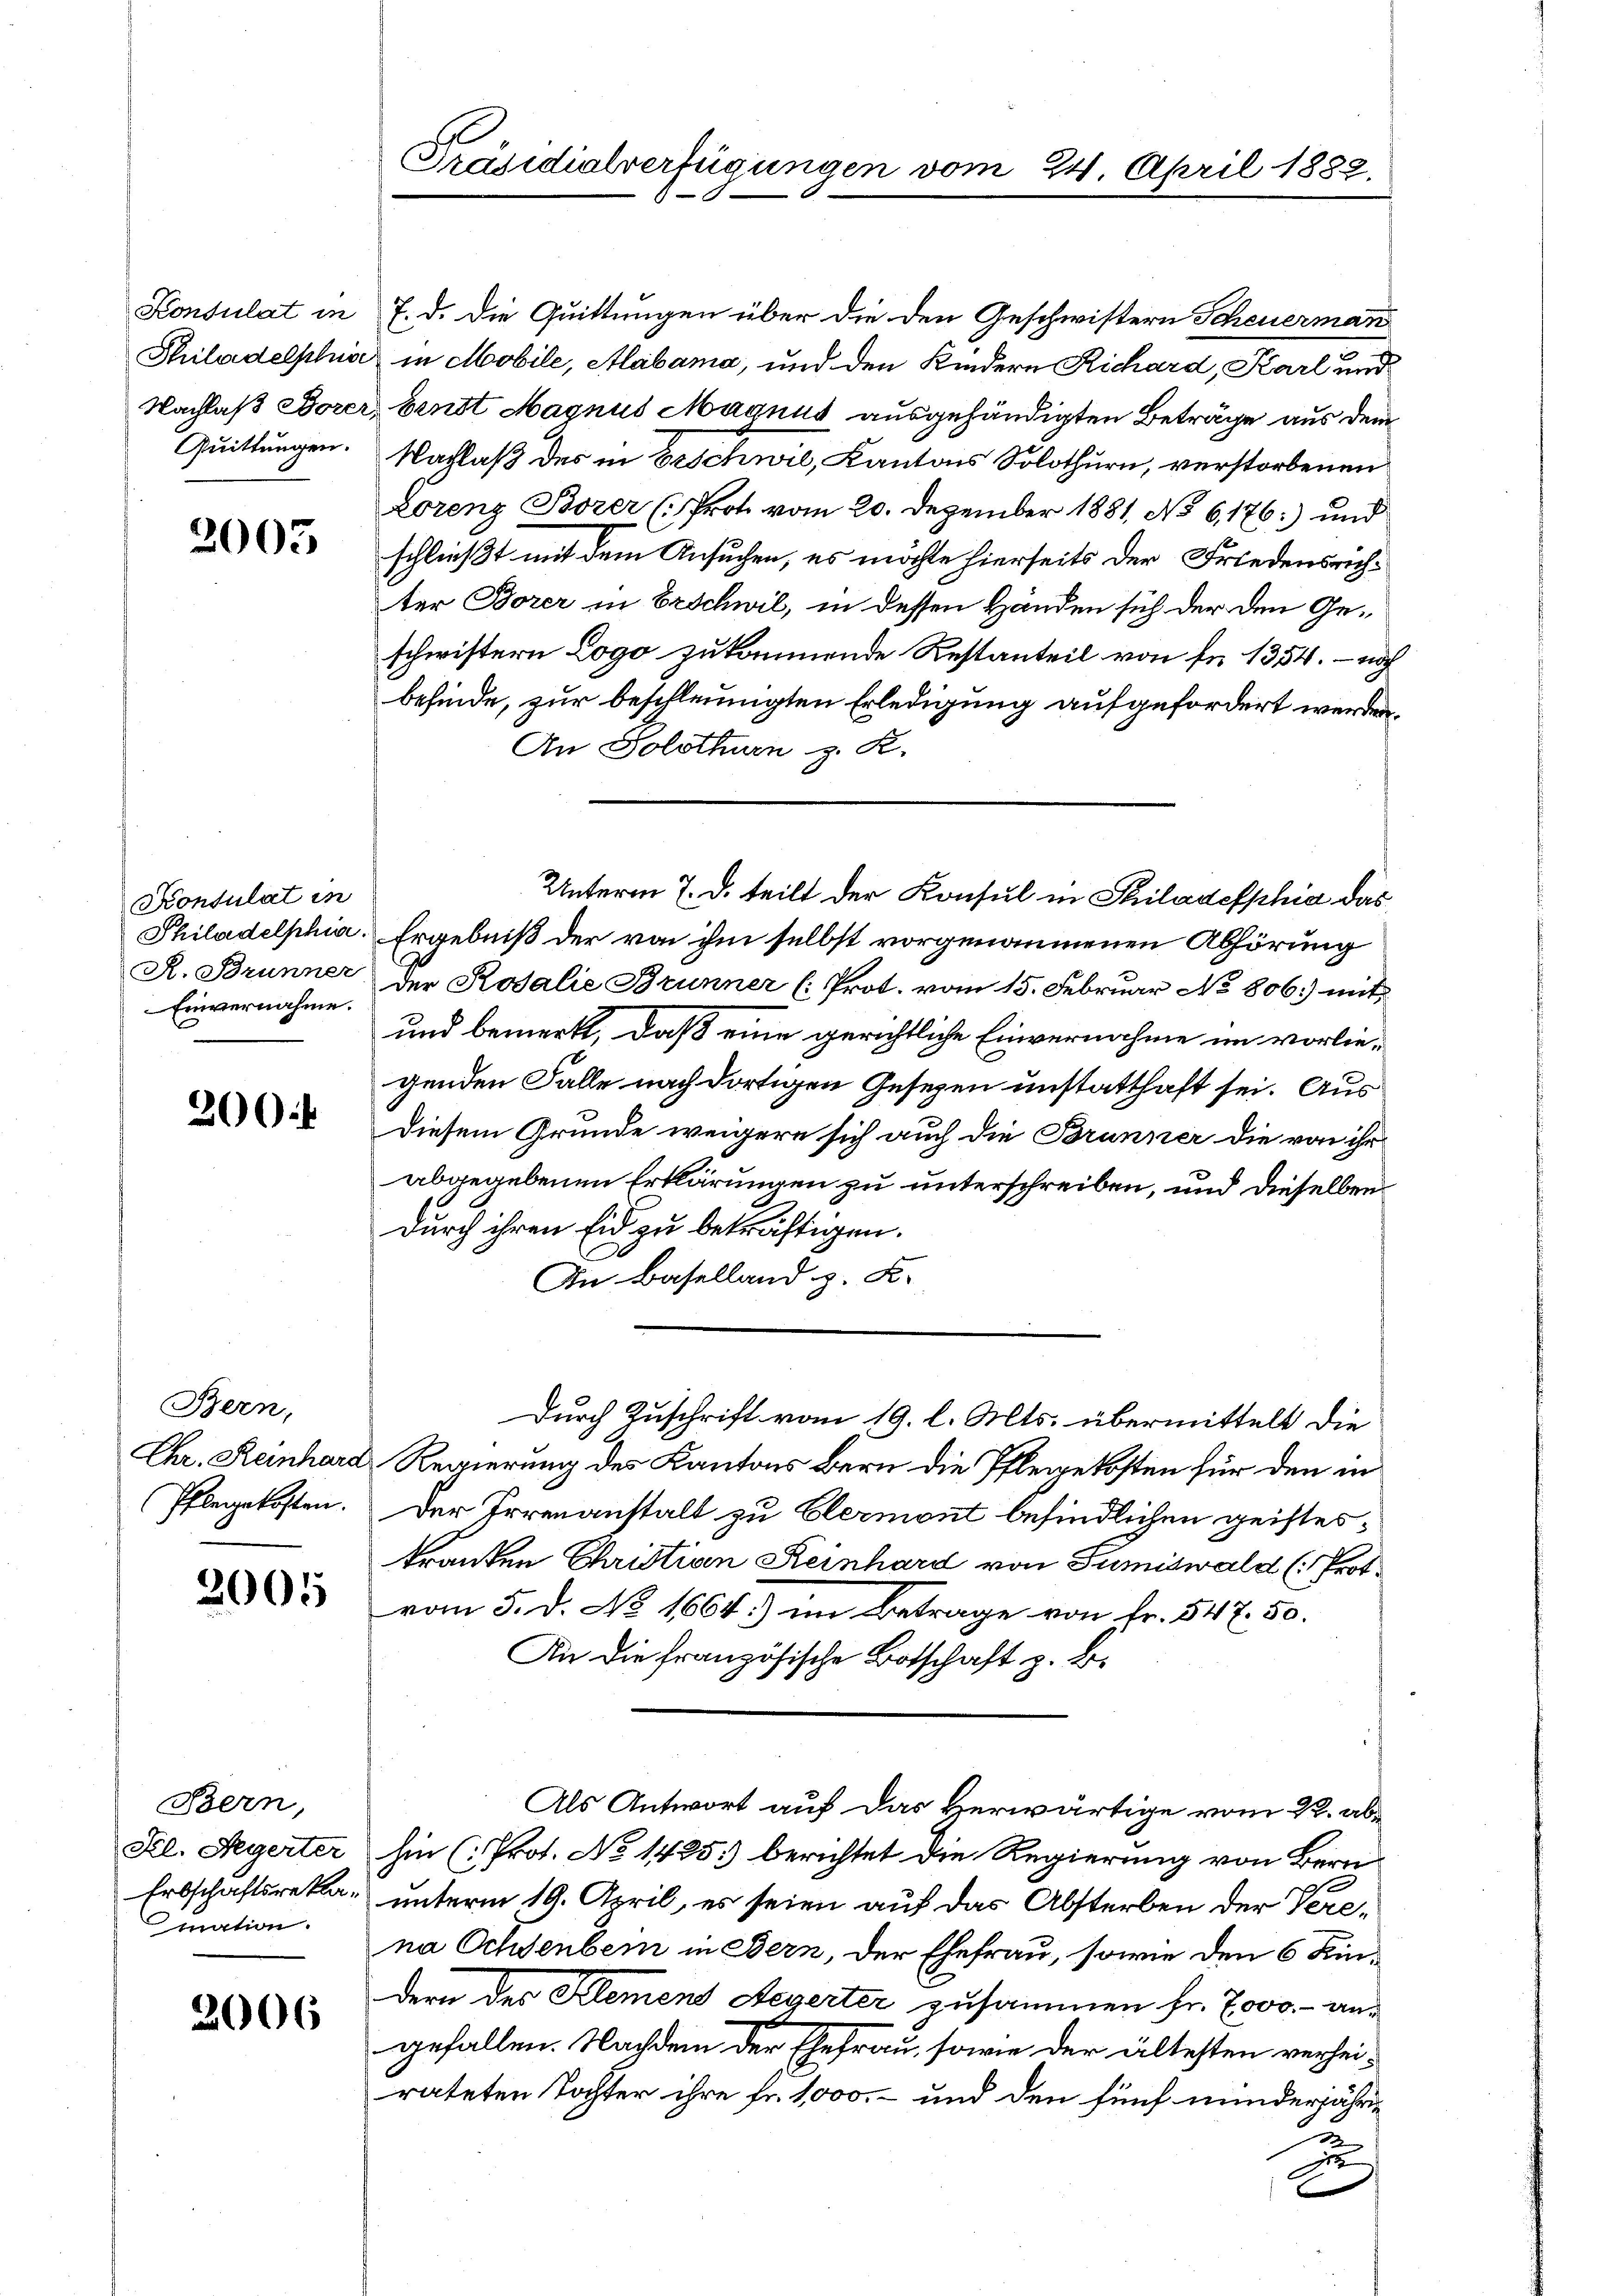
Quittungen.

2003

Konsulat in
Einvernahme.

300f

Bern,

2005

Bern,
mnation.

2006

Konsulat in 7. d. die Quittungen über die den Geschwistern Scheuerman
Philadelphiae in Mobile, Mabama, und den Kindern Richard, Karl und
Nachlaß Borer, Ernst Magnus Magnus ausgehändigten Beträge aus dem
Nachlaß des in beschwil, Kantons Solothurn, verstorbenen
Lorenz Bozer (Prot vom 20. Dezember 1881, No 6,176) und
schließt mit dem Ansuchen, es möchte hierseits der Friedensrichter Borer in Erschwil, in dessen Händen sich der den Geschwistern Logo zukommende Restanteil von fr. 1354. – noch
befinde, zur beschleunigten Erledigung aufgefordert werden,
An Solothurn z. K.
Philadelphia. Ergebniß der von ihm selbst vorgenommenen Abhörung
R. Brunner der Rosalie Brunner (: Prot. vom 15. Februar No 806.) mit
und bemerkt, daß eine gerichtliche Einvernahme im vorliegenden Falle nach dortigen Gesezen unstatthaft sei. Aus
Diesem Grunde weigern sich auch die Brunner die von ihr
abgegebenen Erklärungen zu unterschreiben, und dieselben
durch ihren Eid zu bekräftigen.
In Baselland z. K.
Durch Zuschrift vom 19. l. Mts. übermittelt die
Chr. Reinhard Regierung des Kantons Bern die Pflegekosten für den in
Pflegekosten. Der Irrenanstalt zu Clermont befindlichen geistestranken Christian Reinhard von Sumiswald (: Prot.
vom 5. d. No. 1664.) im Betrage von Fr. 547. 50.
An die französische Botschaft z. B.
Als Antwort auf das Herwärtige vom 22. ab¬
Frl. Regerter hin (Prot. No 1425.) berichtet die Regierung von Bern
Erbschaftsreka, unterm 19. April, es seien auf das Absterben der Verena Ochsenbein in Bern, der Ehefrau, sowie den 6 Kindern des Klement Aegerter zusammen fr. 7000.- angefallen. Nachdem der Ehefrau, sowie der ältesten verhei-
rateten Tochter ihre fr. 1000, – und den fünf minderjähr¬
22
n

Präsidialverfügungen vom

24. April 1882.

Unterm 7. d. teilt der Konsul in Philadelphia das